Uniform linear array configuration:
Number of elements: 8
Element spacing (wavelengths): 0.5
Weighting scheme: cosine
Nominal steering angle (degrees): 15
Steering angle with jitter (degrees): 13.59
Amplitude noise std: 0.05
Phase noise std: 0.05

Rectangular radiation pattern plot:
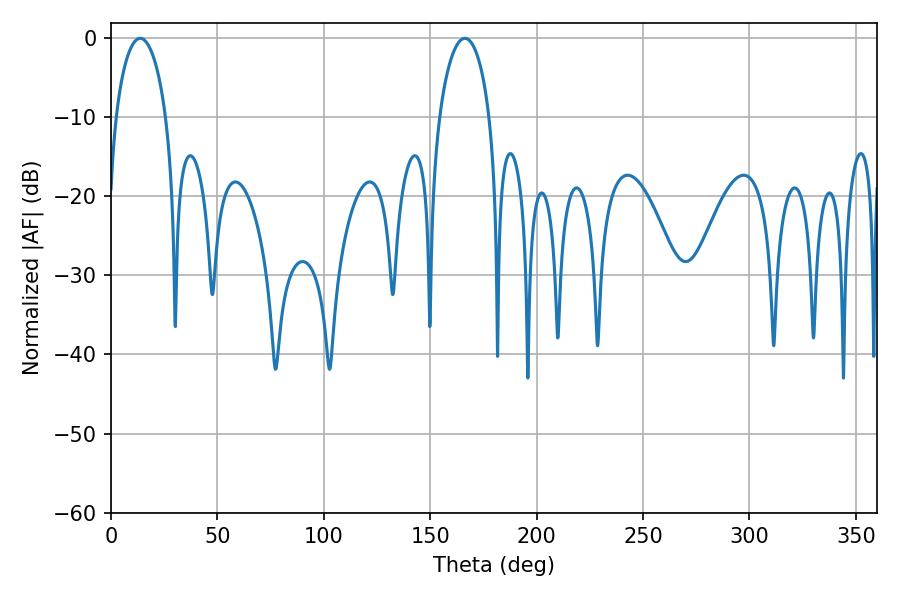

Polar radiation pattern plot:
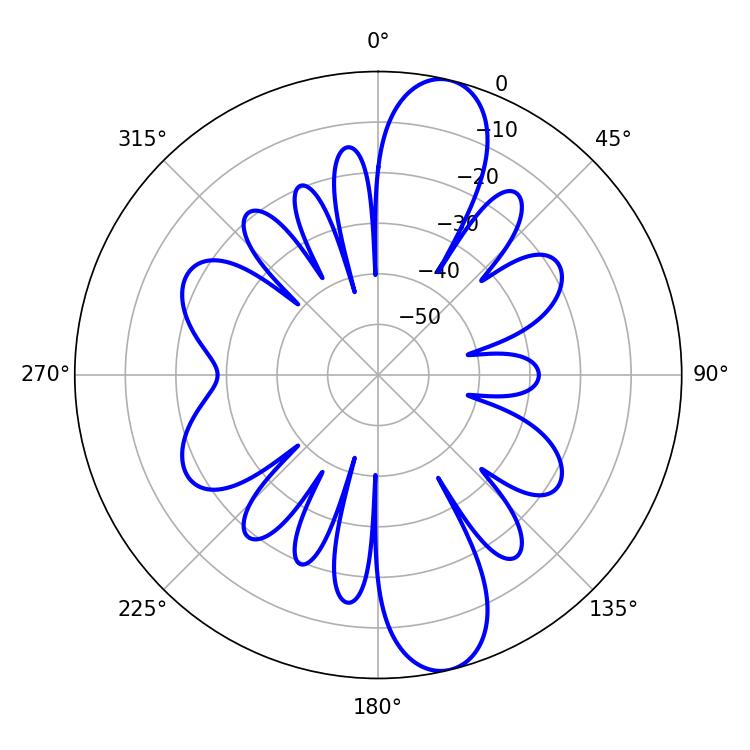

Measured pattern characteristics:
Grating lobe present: FALSE
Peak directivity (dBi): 12.445
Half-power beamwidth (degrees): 13.5
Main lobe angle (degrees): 13.68